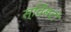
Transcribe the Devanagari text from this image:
स्विंसटी